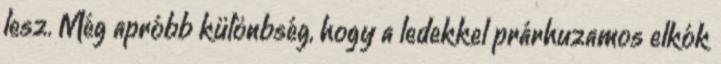
lesz. Még apróbb különbség, hogy a ledekkel prárhuzamos elkók